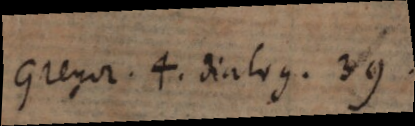
Gregor. 4. dialog. 39.